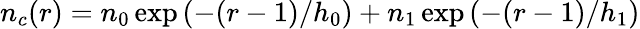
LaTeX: n_{c}(r)=n_{0}\exp{(-(r-1)/h_{0})}+n_{1}\exp{(-(r-1)/h_{1})}